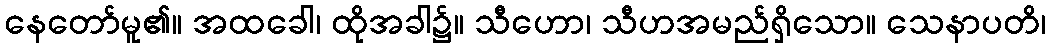
နေတော်မူ၏။ အထခေါ၊ ထိုအခါ၌။ သီဟော၊ သီဟအမည်ရှိသော။ သေနာပတိ၊